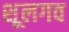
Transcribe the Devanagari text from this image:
शूलगव